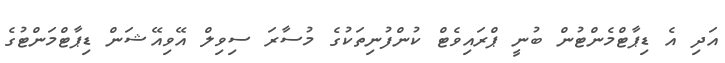
އަދި އެ ޑިޕާޓްމެންޓުން ބުނީ ޕްރައިވެޓް ކުންފުނިތަކުގެ މުސާރަ ސިވިލް އޭވިއޭޝަން ޑިޕާޓްމަންޓުގެ